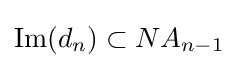
{\text{Im}}(d_{n})\subset NA_{n-1}